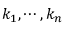
k _ { 1 } , \cdots , k _ { n }